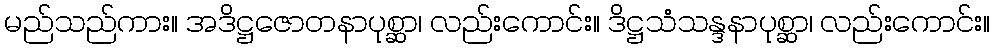
မည်သည်ကား။ အဒိဋ္ဌဇောတနာပုစ္ဆာ၊ လည်းကောင်း။ ဒိဋ္ဌသံသန္ဒနာပုစ္ဆာ၊ လည်းကောင်း။